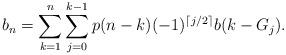
LaTeX: \begin{align*}b_n = \sum_{k=1}^n \sum_{j=0}^{k-1} p(n-k) (-1)^{\lceil j/2 \rceil} b(k - G_j). \end{align*}